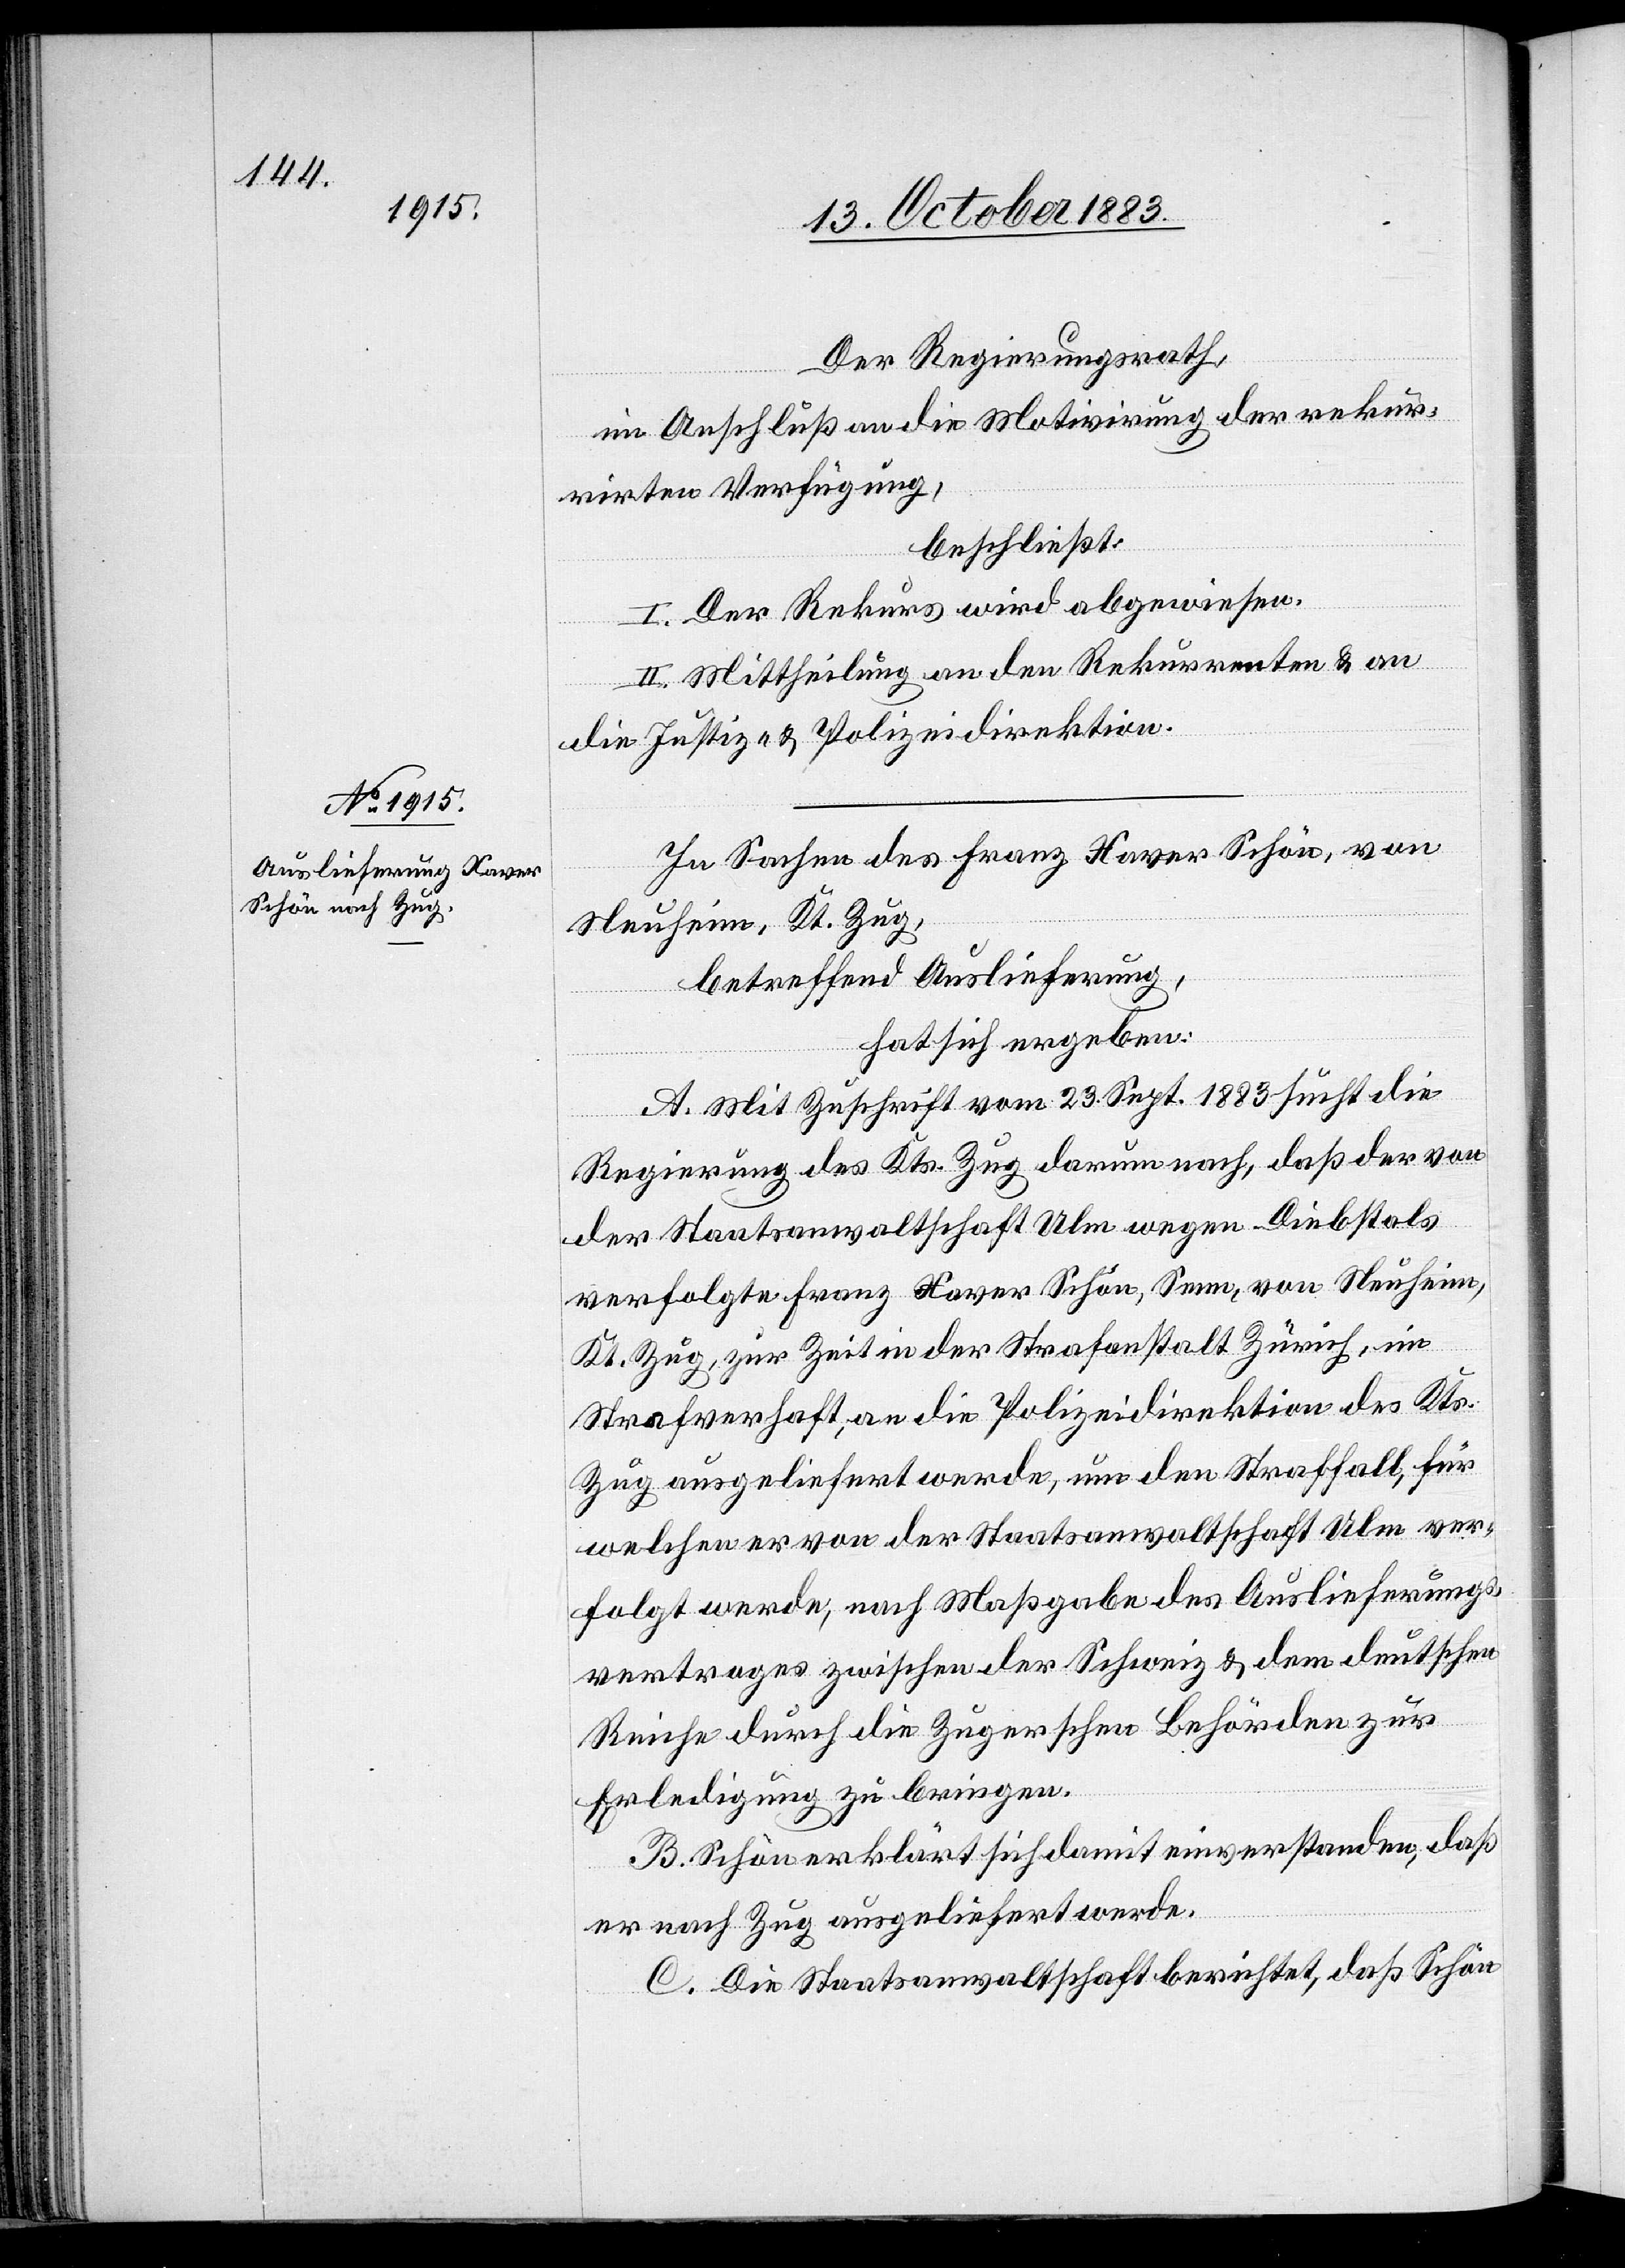
Der Regierungsrath,
im Anschluß an die Motivirung der rekur¬
rirten Verfügung,
beschließt:
I. Der Rekurs wird abgewiesen.
II. Mittheilung an den Rekurrenten & an
die Justiz- & Polizeidirektion.
In Sachen des Franz Xaver Schön, von
Neuheim, Kt. Zug,
betreffend Auslieferung,
hat sich ergeben:
A. Mit Zuschrift vom 23. Sept. 1883 sucht die
Regierung des Kts. Zug darum nach, daß der von
der Staatsanwaltschaft Ulm wegen Diebstals
verfolgte Franz Xaver Schön, Senn, von Neuheim,
Kt. Zug, zur Zeit in der Strafanstalt Zürich, in
Strafverhaft, an die Polizeidirektion des Kts.
Zug ausgeliefert werde, um den Straffall, für
welchen er von der Staatsanwaltschaft Ulm ver¬
folgt werde, nach Maßgabe des Auslieferungs¬
vertrages zwischen der Schweiz & dem deutschen
Reiche durch die Zugerschen Behörden zur
Erledigung zu bringen.
B. Schön erklärt sich damit einverstanden, daß
er nach Zug ausgeliefert werde.
C. Die Staatsanwaltschaft berichtet, daß Schön